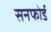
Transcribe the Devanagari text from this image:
सनफोर्ड